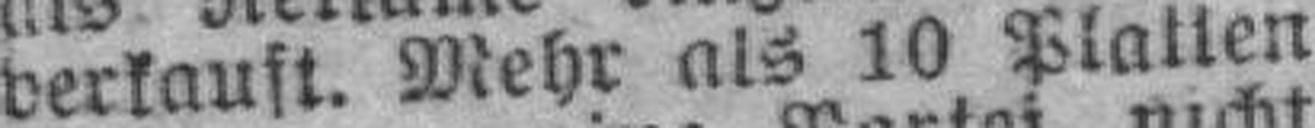
verkauft. Mehr als 10 Platten